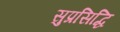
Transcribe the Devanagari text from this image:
सुप्रसिद्धि